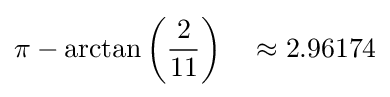
\pi -\arctan \left({\frac {2}{11}}\right)\quad \approx 2.96174